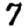
Digit: 7